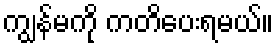
ကျွန်မကို ကတိပေးရမယ်။